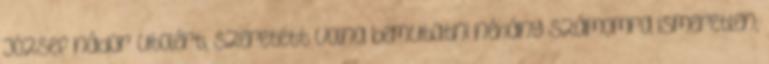
József nádor utolért, szeretett volna bemutatni néhány számomra ismeretlen,